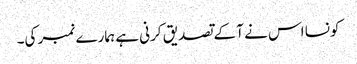
کونسا اس نے آ کے تصدیق کرنی ہے ہمارے نمبر کی۔